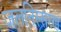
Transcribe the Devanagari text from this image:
जलनिस्सरण